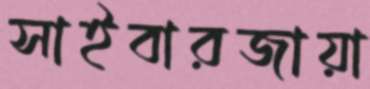
সাইবারজায়া